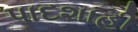
પાદશાહી